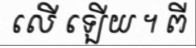
លើ ឡើយ ។ ពី